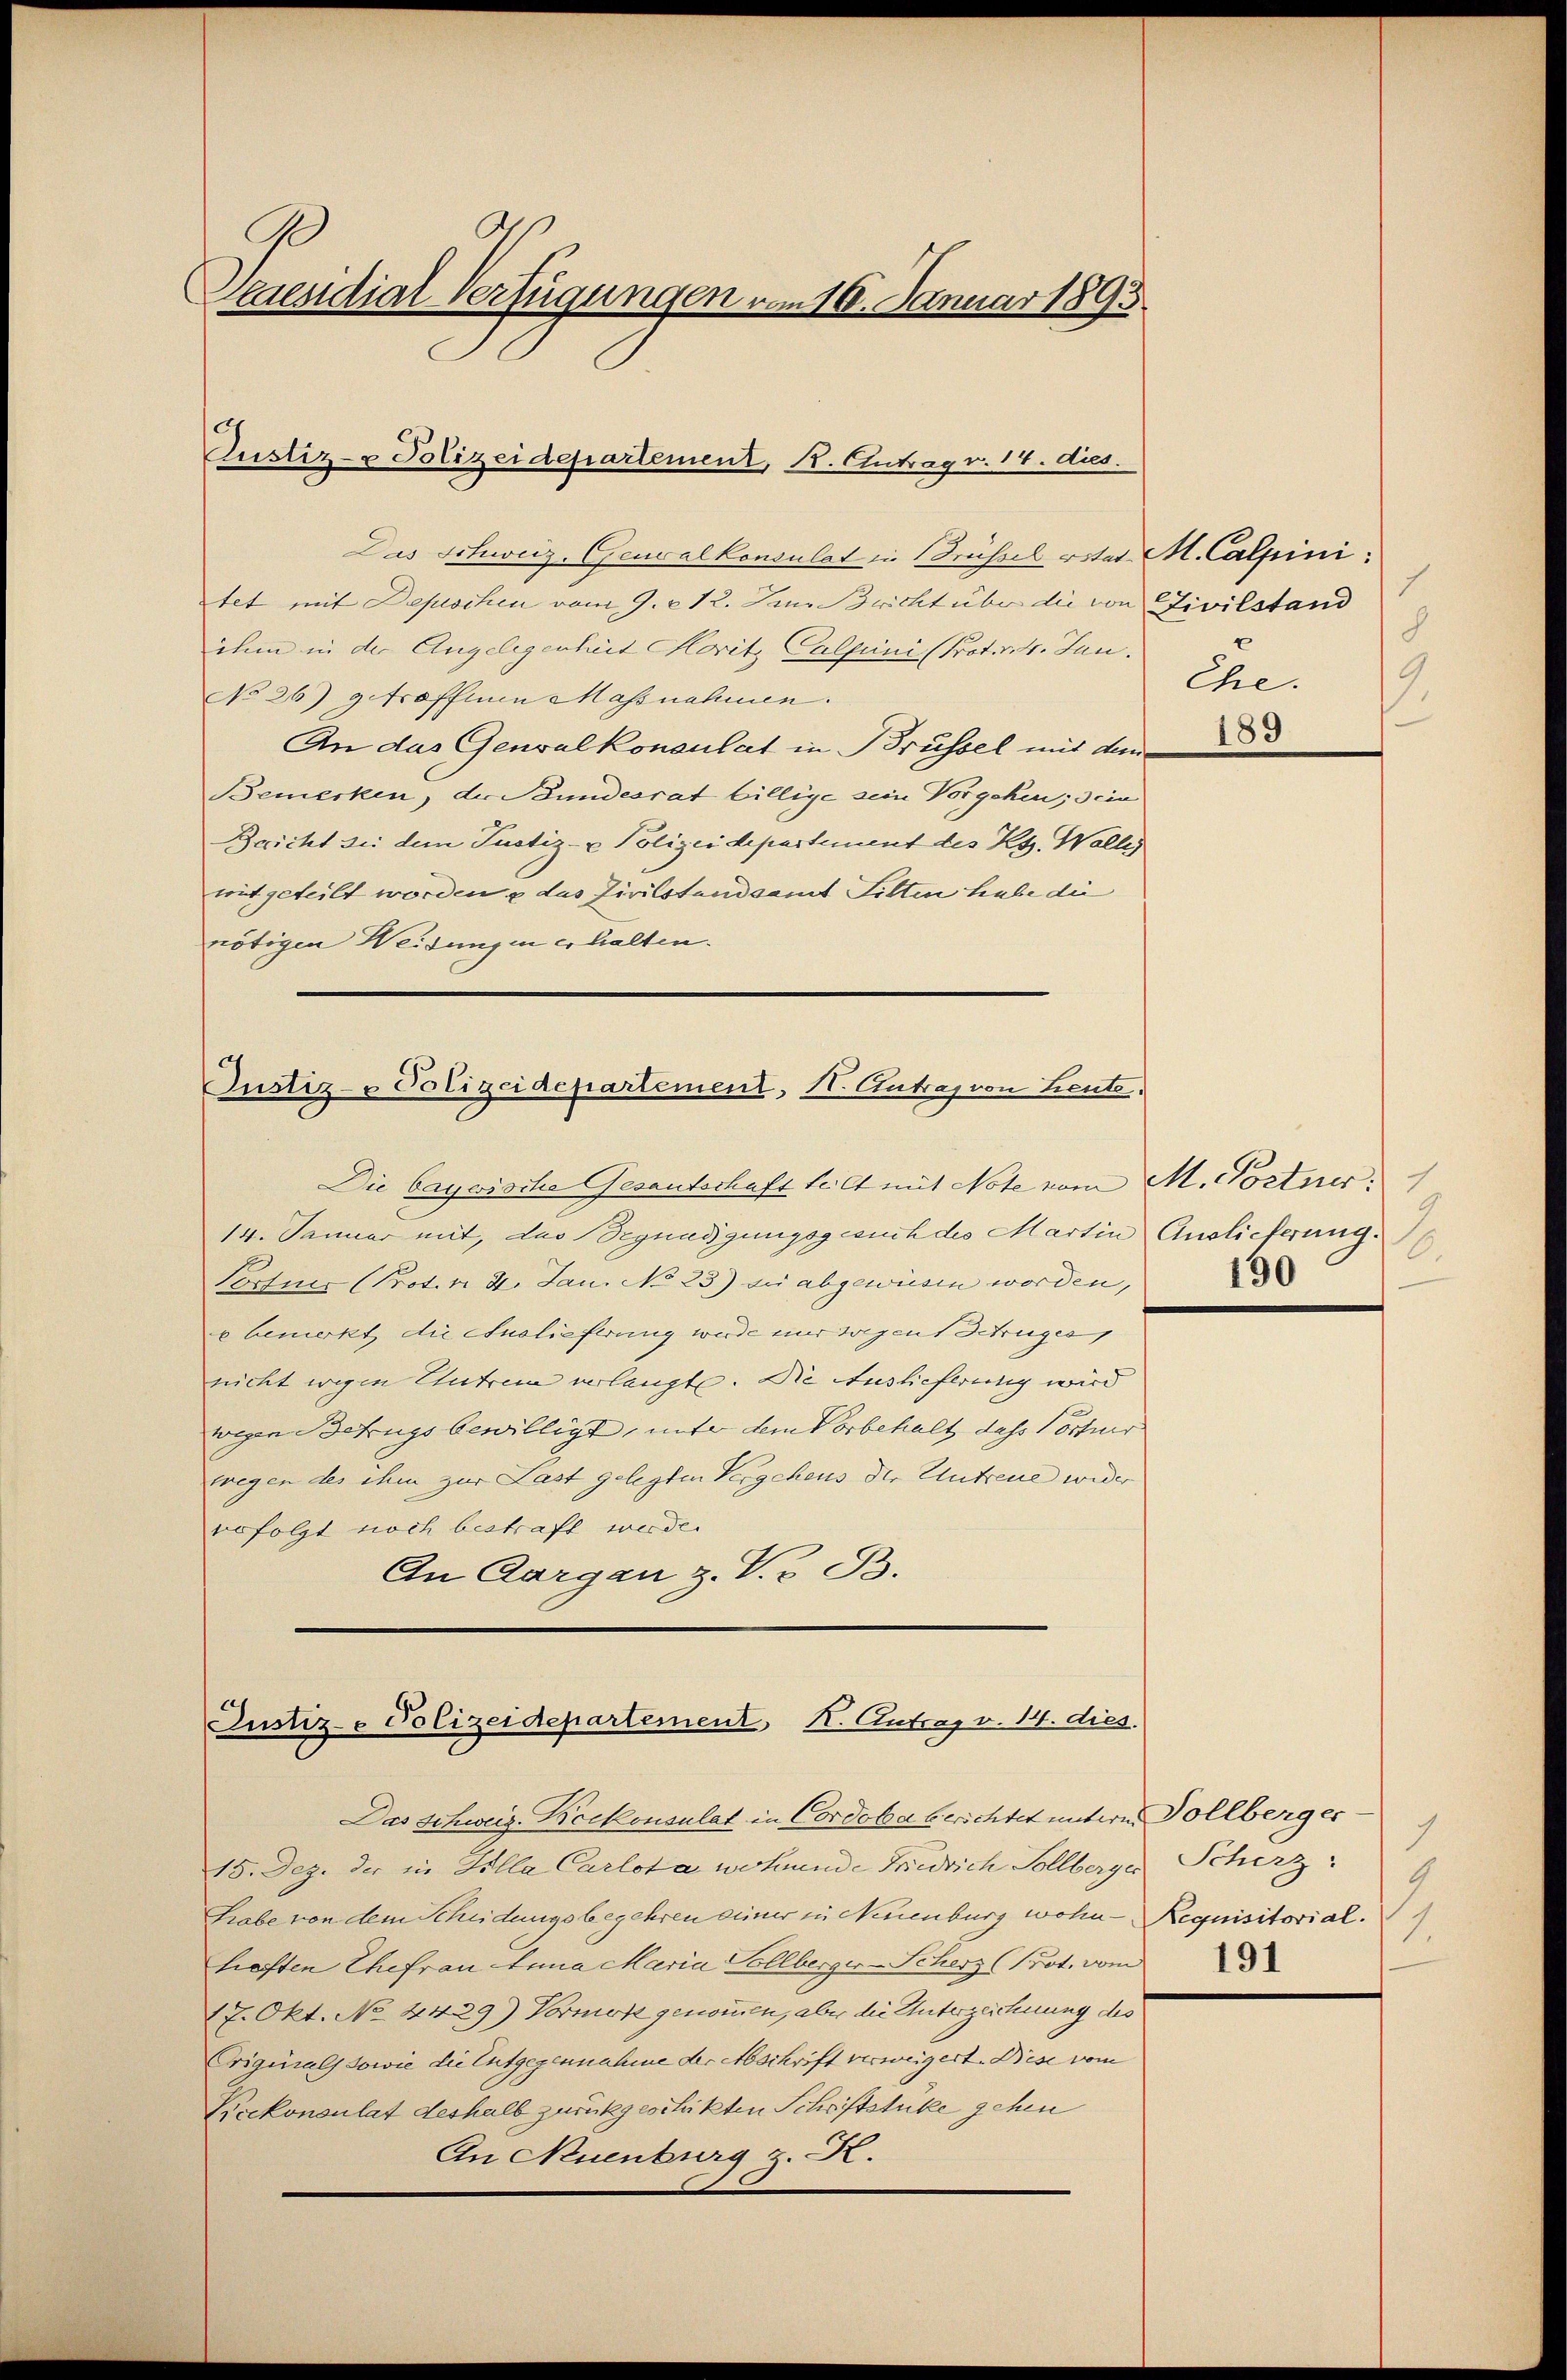
Kaesidial-Verfügungen vom 16. Januar 1895.

Das Schweiz. Gewalkonsulat in Brüssel vitat M. Calpini:
tet mit Depeschen vom 9. 212. Juni Bricht über die von Civilstand
ihm in der Angelegenheit Moritz Calpini (Prot. v. 4. Jun.
No 26) getroffenen Massnahmen.
An das Genvalkonsulat in Brüssel mit dem
Bemerken, der Bundesrat billige sein Vorgehen; sein
Bricht bei dem Justiz- & Polizeidepartement des Kts. Wallis
mitgeteilt worden u das Zivilstandsamt Litten habe die
nötigen Weidungen er halten.

Justiz- & Polizeidepartement, R. Ertrag v. 14. dies

Justiz- & Polizeidepartement, H. Antrag von Leute,

Justiz- Polizeidepartement K. Antrag v. 14. dies.

8
Ehe.
2

Die bayerische Gesantschaft teilt mit Note vom M. Postner.
14. Januar mit, das Begnadigungsgesuch des Martin Auslieferung.
Portner (Prot. v. 2. Jan. No 23) die abgewiesen worden,
u bemerkt, die Auslieferung wurde nur sagen Betruges
nicht wegen Entreue verlangt. Die Auslieferung wird
wegen Betrugs bewilligt, unter dem Vorbehalt dass Portier
wegen des ihm zur Last gelegten Vergehens der Untreue wider
befolgt noch bestraft werde.
An Aargau z. V. v. B.

Das Schweiz. Boekonsulat in Cordoba berichtet untere Vollberger
15. Dez. der in Silla Carlota wohnende Friedrich Sollberger Scherz.
Grabe von dem Scheidungsbegehren seiner in Neuenburg wohn- Requisitorial.
heften Ehefrau Anna Maria Ellberger-Scherz (Prot. vom
17. Okt. No. 4429) Vormok genommen, aber die Unterzeichnung des
Crigurals sowie die Entgegennahme der Abschrift verweigert. Bise vom
Keckonsulat deshalb zurückgeschikten Schriftstüke gehen
An Neuenburg z. R.

189

1
9
6.

9
1.